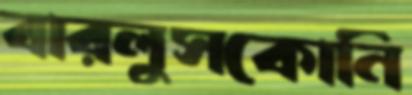
বারলুসকোনি